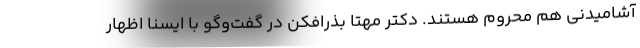
آشامیدنی هم محروم هستند. دکتر مهتا بذرافکن در گفت‌وگو با ایسنا اظهار